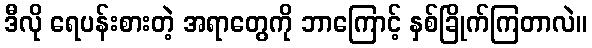
ဒီလို ရေပန်းစားတဲ့ အရာတွေကို ဘာကြောင့် နှစ်ခြိုက်ကြတာလဲ။